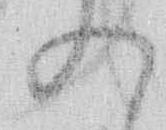
の